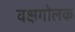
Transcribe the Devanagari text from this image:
वक्षगोलक